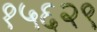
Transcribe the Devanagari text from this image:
१५६२९